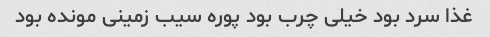
غذا سرد بود خیلی چرب بود پوره سیب زمینی مونده بود